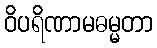
ဝိပရိဏာမဓမ္မတာ